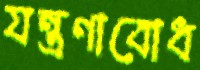
যন্ত্রণাবোধ